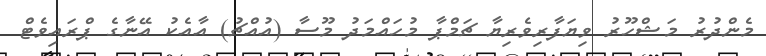
މެންދުރު މަޝްހޫރު ވިޔަފާރިވެރިޔާ ޗަމްޕާ މުހައްމަދު މޫސާ (އުއްޗު) އާއެކު އޭނާގެ ޕްރައިވެޓް